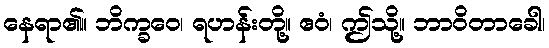
နေရာ၏။ ဘိက္ခဝေ၊ ရဟန်းတို့။ ဧဝံ၊ ဤသို့။ ဘာဝိတာခေါ၊